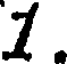
1.